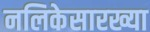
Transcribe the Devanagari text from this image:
नलिकेसारख्या